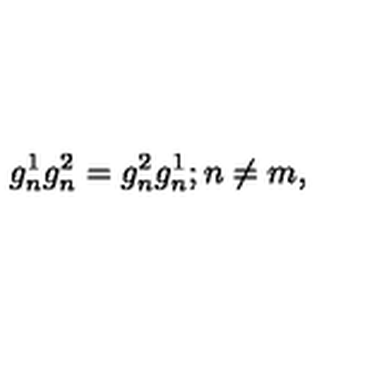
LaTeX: g _ { n } ^ { 1 } g _ { n } ^ { 2 } = g _ { n } ^ { 2 } g _ { n } ^ { 1 } ; n \neq m ,